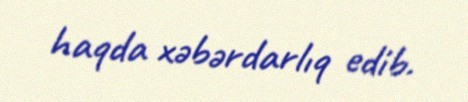
haqda xəbərdarlıq edib.